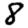
Digit: 8